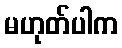
မဟုတ်ပါက